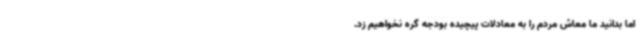
اما بدانید ما معاش مردم را به معادلات پیچیده بودجه گره نخواهیم زد.